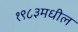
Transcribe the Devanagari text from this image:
१९८३मधील